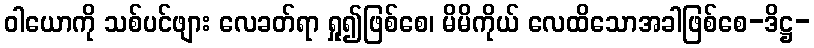
ဝါယောကို သစ်ပင်ဖျား လေခတ်ရာ ရှု၍ဖြစ်စေ၊ မိမိကိုယ် လေထိသောအခါဖြစ်စေ-ဒိဋ္ဌ-